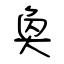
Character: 奐